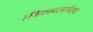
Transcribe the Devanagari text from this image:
लँकेशायरमार्फतच